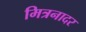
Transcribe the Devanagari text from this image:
मित्रनादर